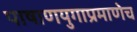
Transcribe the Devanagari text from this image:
पाषाणयुगाप्रमाणेच